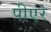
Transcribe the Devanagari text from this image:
पीएर